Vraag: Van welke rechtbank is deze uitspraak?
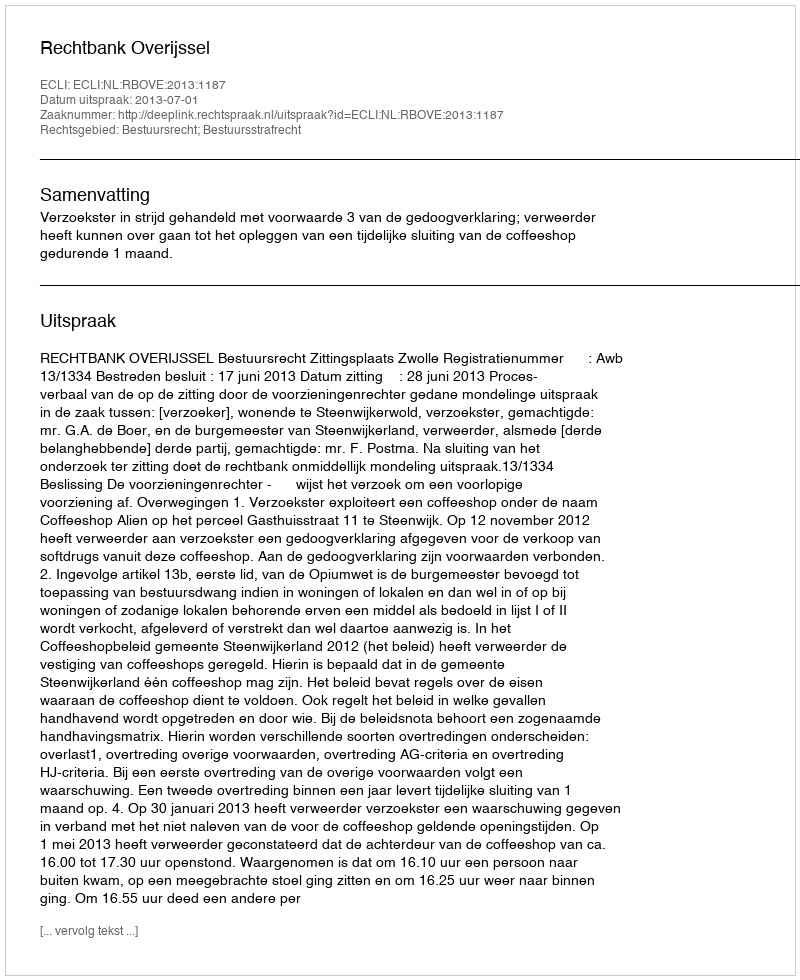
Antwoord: Rechtbank Overijssel